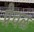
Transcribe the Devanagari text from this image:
प्रेचळ